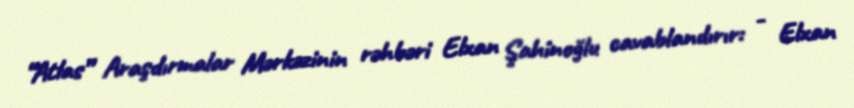
“Atlas” Araşdırmalar Mərkəzinin rəhbəri Elxan Şahinoğlu cavablandırır: - Elxan